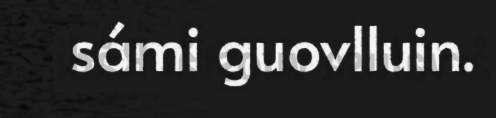
sámi guovlluin.